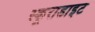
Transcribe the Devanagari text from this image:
स्कूराडाइट